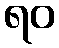
ရဝ